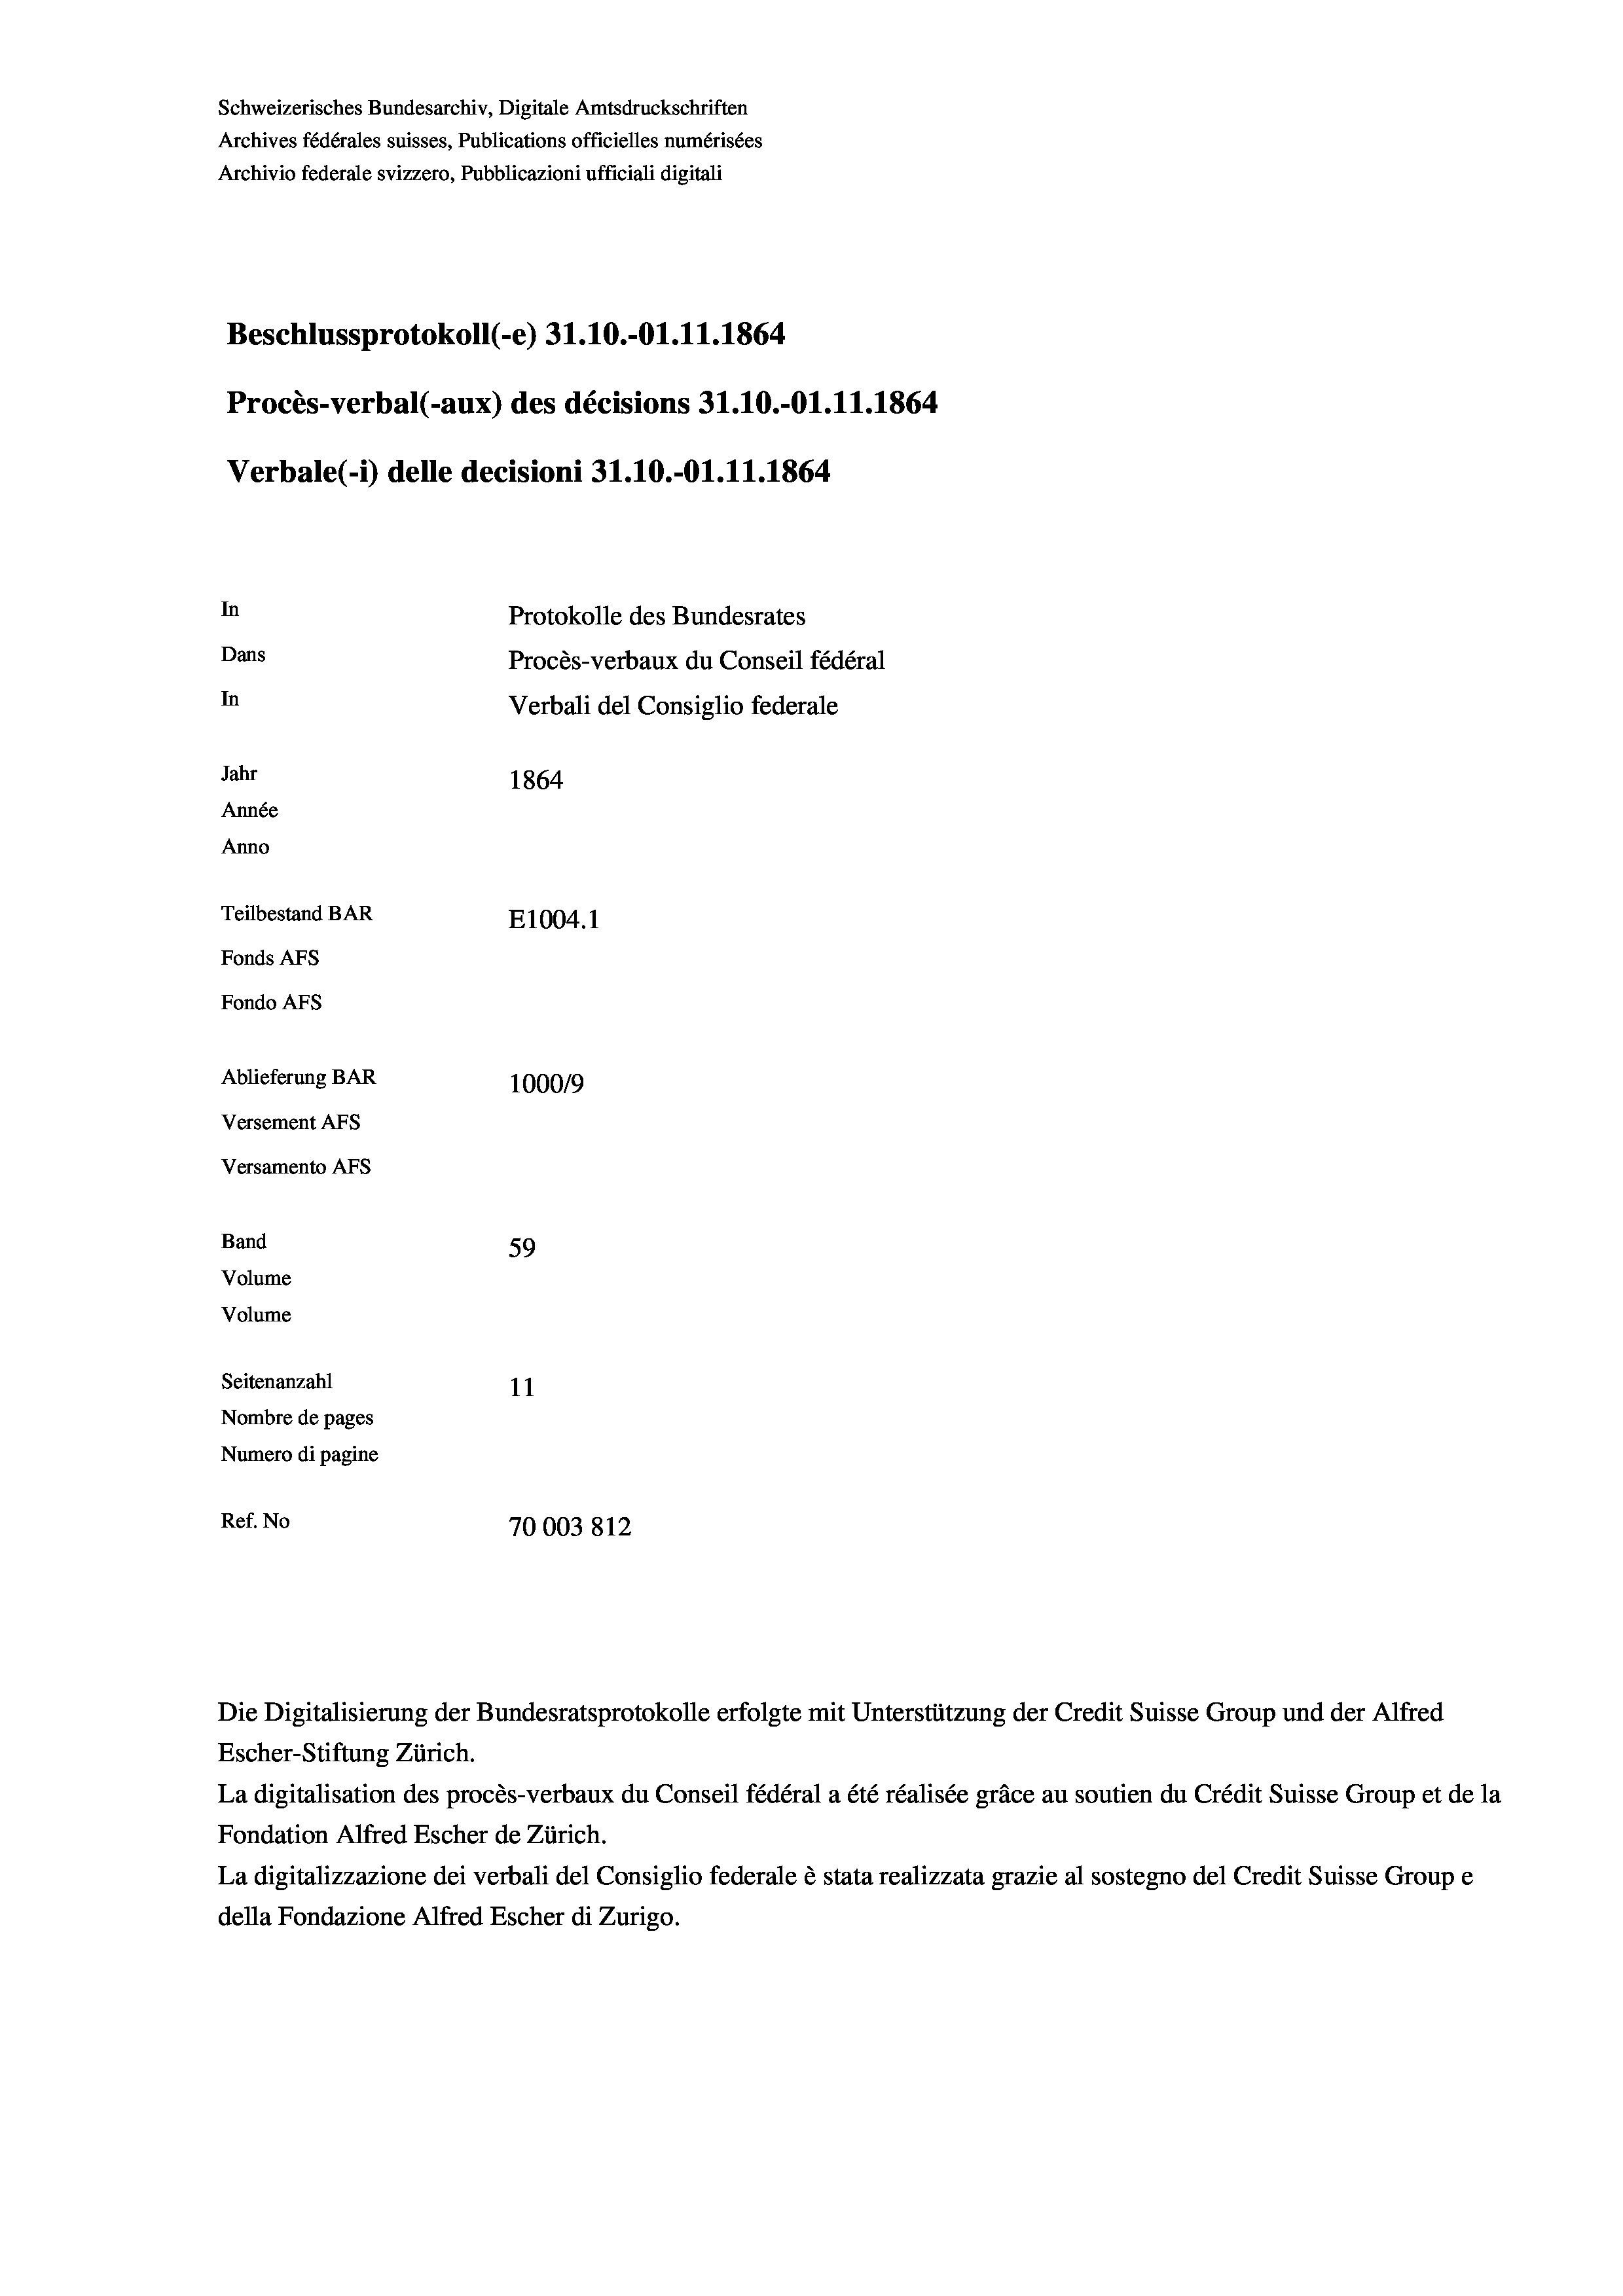
Schweizerisches Bundesarchiv, Digitale Amtsdruckschriften
Archives fédérales suisses, Publications officielles numérisées
Archivio federale svizzero, Pubblicazioni ufficiali digitali
Beschlussprotokoll (-e) 31.10.-O1.11.1864
Procès-verbal (-aux) des décisions 31.10.-O1.11.1864
Verbale (- 1) delle decisioni 31.10.-Ol.11.1864
In
Protokolle des Bundesrates
Dans
Procès-verbaux du Conseil fédéral
In
Verbali del Consiglio federale
Jahr
1864
Année
Anno
Teilbestand BAR
E1004.1
Fonds AFs
Fondo AFs
Ablieferung BAR
100019
Versement As
Versamento AFs
Band
59
Volume
Volume

Seitenanzahl
11
Nombre de pages
Numero di pagine
Ref. No
70003812

Escher-Stiftung Zürich.
La digitalisation des procès-verbaux du Conseil fédéral a été réalisée gräce au soutien du Crédit Suisse Group et de la
Fondation Alfred Escher de Zürich.
La digitalizzazione dei verbali del Consiglio federale è stata realizzata grazie al sostegno del Credit Suisse Groupe
della Fondazione Alfred Escher di Zurigo.

Die Digitalisierung der Bundesratsprotokolle erfolgte mit Unterstützung der Credit Suisse Group und der Alfred